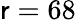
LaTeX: \mathsf{r}=68\,